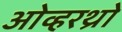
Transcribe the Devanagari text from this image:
ओव्हरथ्रो